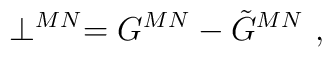
\perp^{MN} = G^{MN} - \tilde{G}^{MN}~,